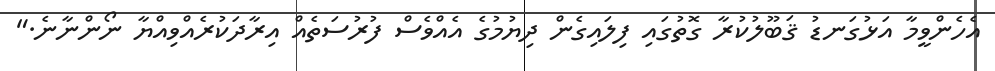
އެހެންވީމާ އަޅުގަނޑު ޤަބޫލުކުރާ ގޮތުގައި ފިލައިގެން ދިޔުމުގެ އެއްވެސް ފުރުސަތެއް އިރާދަކުރެއްވިއްޔާ ނޯންނާނެ."